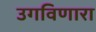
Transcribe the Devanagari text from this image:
उगविणारा